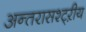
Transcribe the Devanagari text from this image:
अन्तरासश्ट्ऱीय